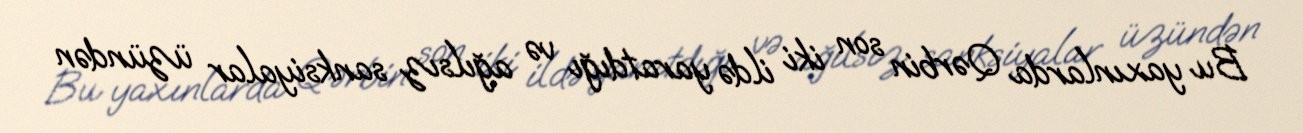
Bu yaxınlarda Qərbin son iki ildə yaratdığı və ağılsız sanksiyalar üzündən